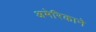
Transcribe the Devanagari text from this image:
अमेरिकाने